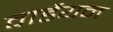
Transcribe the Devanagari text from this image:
वार्डेयन